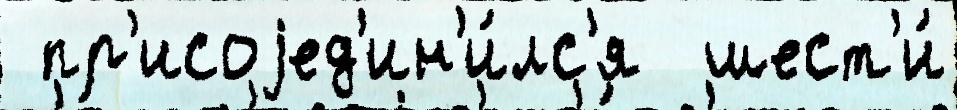
 пр'исоjед'ин'и́лс'я  шест'и́